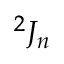
{ } ^ { 2 } J _ { n }